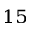
^ { 1 5 }